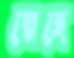
স্নেহে